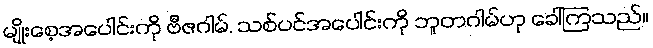
မျိုးစေ့အပေါင်းကို ဗီဇဂါမ်, သစ်ပင်အပေါင်းကို ဘူတဂါမ်ဟု ခေါ်ကြသည်။